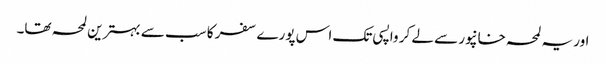
اور یہ لمحہ خانپور سے لے کر واپسی تک اس پورے سفر کا سب سے بہترین لمحہ تھا۔